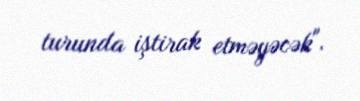
turunda iştirak etməyəcək".